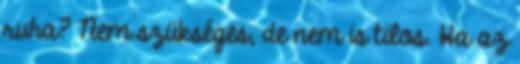
ruha? Nem szükséges, de nem is tilos. Ha az